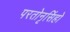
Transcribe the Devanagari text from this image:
परतोनृसिंहो